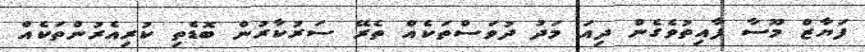
ފަޔާޒް މޫސާ ފާއިތުވެގެން ދިއަ މަދު ދުވަސްތަކެއް ތެރޭ ސަރުކާރުން ބޮޑެތި ކުރިއެރުންތަކެއް